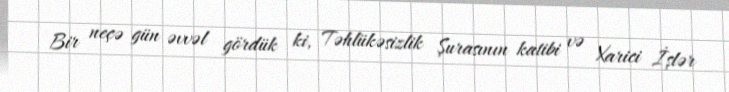
Bir neçə gün əvvəl gördük ki, Təhlükəsizlik Şurasının katibi və Xarici İşlər